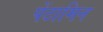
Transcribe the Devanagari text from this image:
पेंटामिन